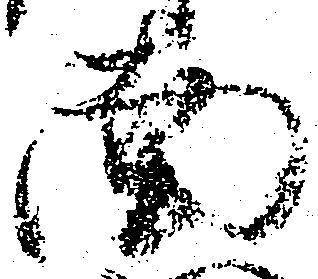
南